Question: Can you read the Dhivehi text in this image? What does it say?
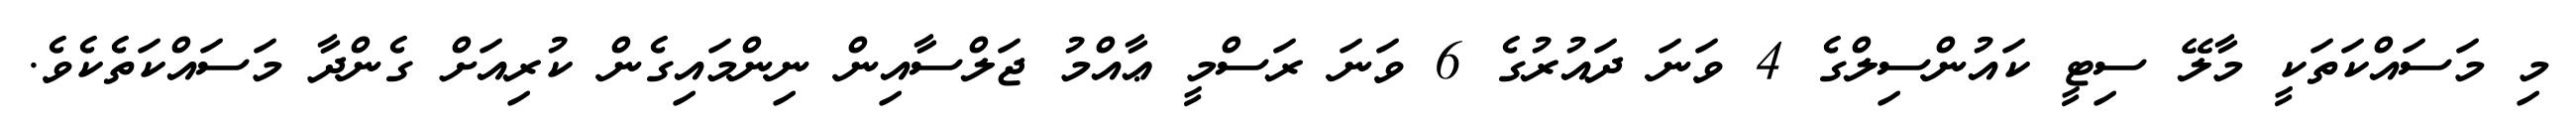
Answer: މި މަސައްކަތަކީ މާލޭ ސިޓީ ކައުންސިލްގެ 4 ވަނަ ދައުރުގެ 6 ވަނަ ރަސްމީ ޢާއްމު ޖަލްސާއިން ނިންމައިގެން ކުރިއަށް ގެންދާ މަސައްކަތެކެވެ.